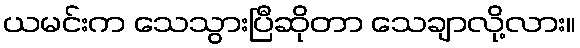
ယမင်းက သေသွားပြီဆိုတာ သေချာလို့လား။